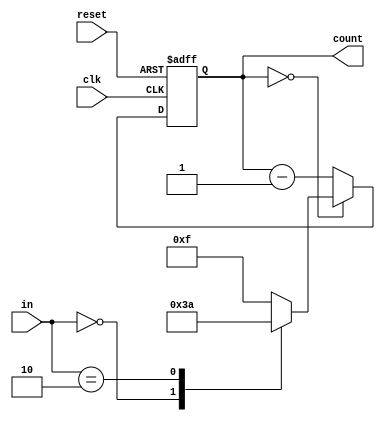
module Counter(in, clk, reset, count);
input clk, reset;
input [1:0] in;
output reg [3:0] count;
always@(posedge clk or negedge reset) begin
	if(!reset)begin
		count <= 4'd10;
	end
	else begin
		if(count == 4'd0)begin
			case(in)
				2'b00 : count <= 4'd3;
				2'b01 : count <= 4'd15;
				2'b10 : count <= 4'd10;
				default count <= 4'd15;
			endcase
		end
		else begin
			count <= count - 4'd1;
		end
	end
end
endmodule